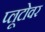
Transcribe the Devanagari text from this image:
प्लूटोवर